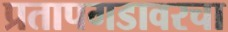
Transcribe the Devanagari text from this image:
प्रतापगडावरचा